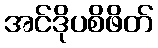
အင်ဒိုပစိဖိတ်